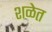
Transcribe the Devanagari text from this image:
शळेत